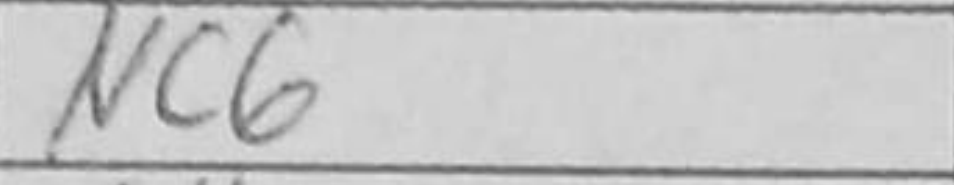
Transcription: Nc6